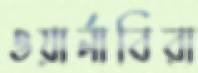
ওয়ার্নাবিরা